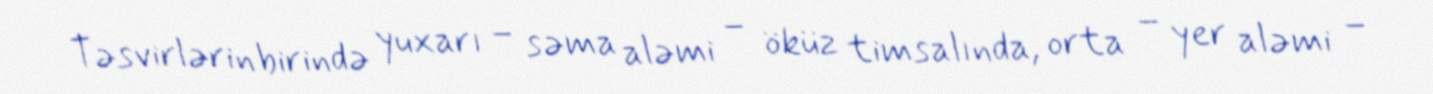
Təsvirlərin birində yuxarı – səma aləmi – öküz timsalında, orta – yer aləmi –